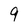
Character: 9